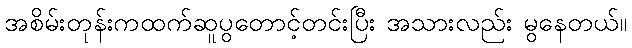
အစိမ်းတုန်းကထက်ဆူပွတောင့်တင်းပြီး အသားလည်း မွနေတယ်။